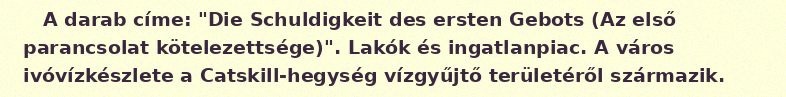
A darab címe: "Die Schuldigkeit des ersten Gebots (Az első parancsolat kötelezettsége)". Lakók és ingatlanpiac. A város ivóvízkészlete a Catskill-hegység vízgyűjtő területéről származik.